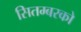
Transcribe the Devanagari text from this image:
सितम्बरको